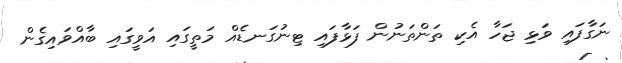
ނަގާފައި ވަޅި ޖަހާ އެކި ތަންތަނުން ފަޅާފައި ޓިނުގަނޑެއް މަތީގައި އަވީގައި ބާއްވައިގެން